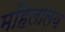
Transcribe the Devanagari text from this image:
महिलालय